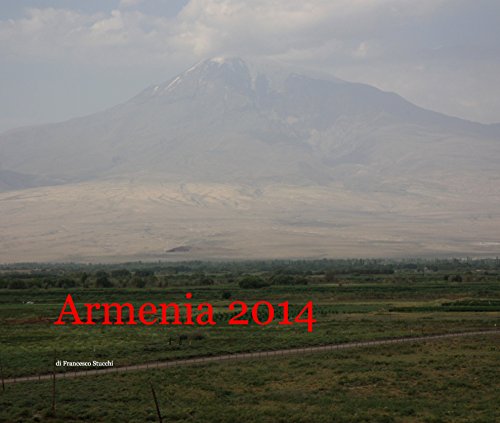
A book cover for Armenia 2014; di Francesco Stucchi; Travel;